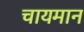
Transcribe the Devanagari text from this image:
चायमान